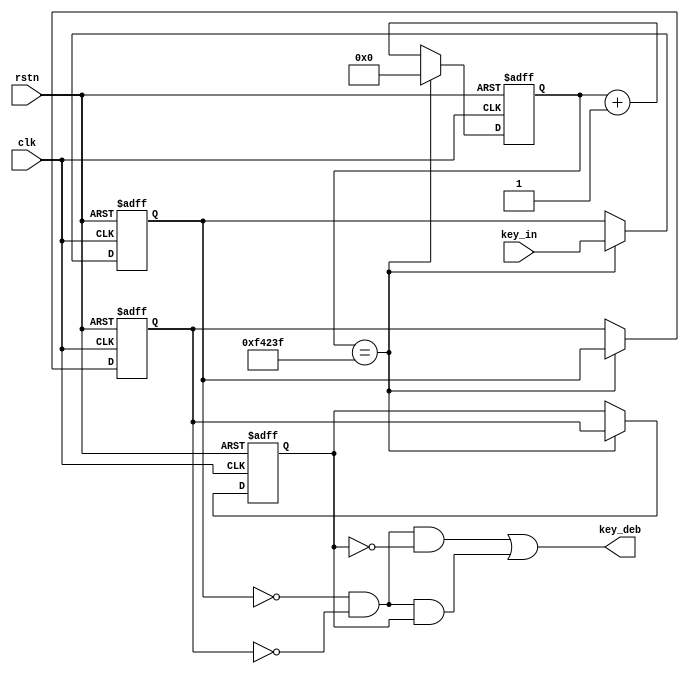
module key_filter(clk,rstn,key_in,key_deb);
    input clk;
    input rstn;
    input [3:0] key_in;
    output [3:0] key_deb;
    //
    parameter CNTMAX = 999_999;
    reg [19:0] cnt = 0;
    always@(posedge clk or negedge rstn) begin
        if(~rstn)
            cnt <= 0;
        else if(cnt == CNTMAX)
            cnt <= 0;
        else
            cnt <= cnt + 1'b1;
     end
     //20ms
     reg [3:0] key_reg0;
     reg [3:0] key_reg1;
     reg [3:0] key_reg2; 
     always@(posedge clk or negedge rstn) begin
        if(~rstn) begin
            key_reg0 <= 4'b1111;
            key_reg1 <= 4'b1111;
            key_reg2 <= 4'b1111;
        end
        else if(cnt == CNTMAX) begin
            key_reg0 <= key_in;
            key_reg1 <= key_reg0;
            key_reg2 <= key_reg1;
        end
    end
    assign key_deb = (~key_reg0 & ~key_reg1 & ~key_reg2) | (~key_reg0 & ~key_reg1 & key_reg2);
endmodule